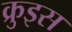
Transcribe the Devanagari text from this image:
क्रुइस